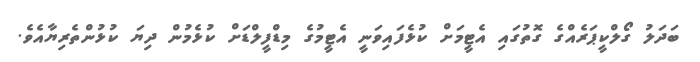
ބަދަލު ގޯލްކީޕަރެއްގެ ގޮތުގައި އެޓީމަށް ކުޅެފައިވަނީ އެޓީމުގެ މިޑްފީލްޑަށް ކުޅެމުން ދިޔަ ކުޅުންތެރިޔާއެވެ.